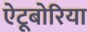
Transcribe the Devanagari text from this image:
ऐटूबोरिया